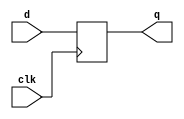
module flop #(parameter WIDTH=8) (clk, d, q);
  input clk;
  input [WIDTH-1:0] d;
  output reg [WIDTH-1:0] q;
  
  always @ (posedge clk) begin
      q <= d;    
  end
  
endmodule